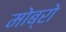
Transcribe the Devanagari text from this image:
मोब्रो